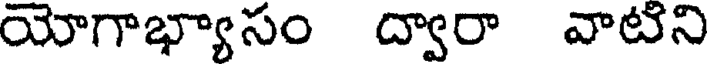
యోగాభ్యాసం ద్వారా వాటిని